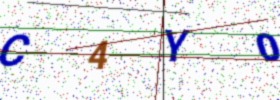
Text: C4Y0